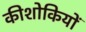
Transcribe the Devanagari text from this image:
कीशोकियों